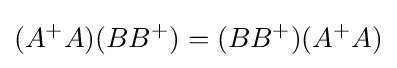
(A^{+}A)(BB^{+})=(BB^{+})(A^{+}A)